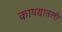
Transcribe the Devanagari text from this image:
कायद्यातली